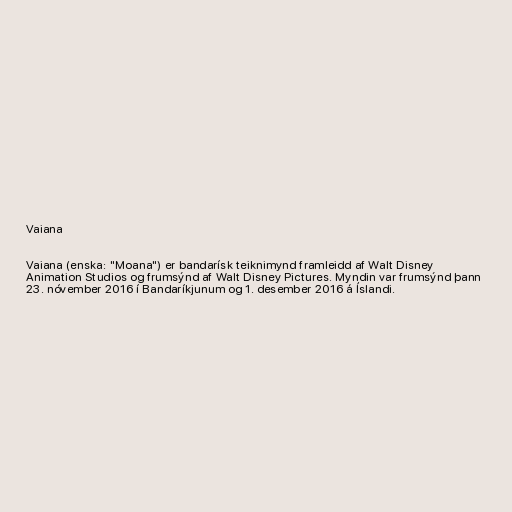
Vaiana

Vaiana (enska: "Moana") er bandarísk teiknimynd framleidd af Walt Disney
Animation Studios og frumsýnd af Walt Disney Pictures. Myndin var frumsýnd þann
23. nóvember 2016 í Bandaríkjunum og 1. desember 2016 á Íslandi.